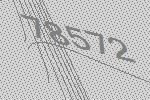
78572